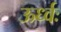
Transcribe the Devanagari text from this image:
ऊर्ध्वः